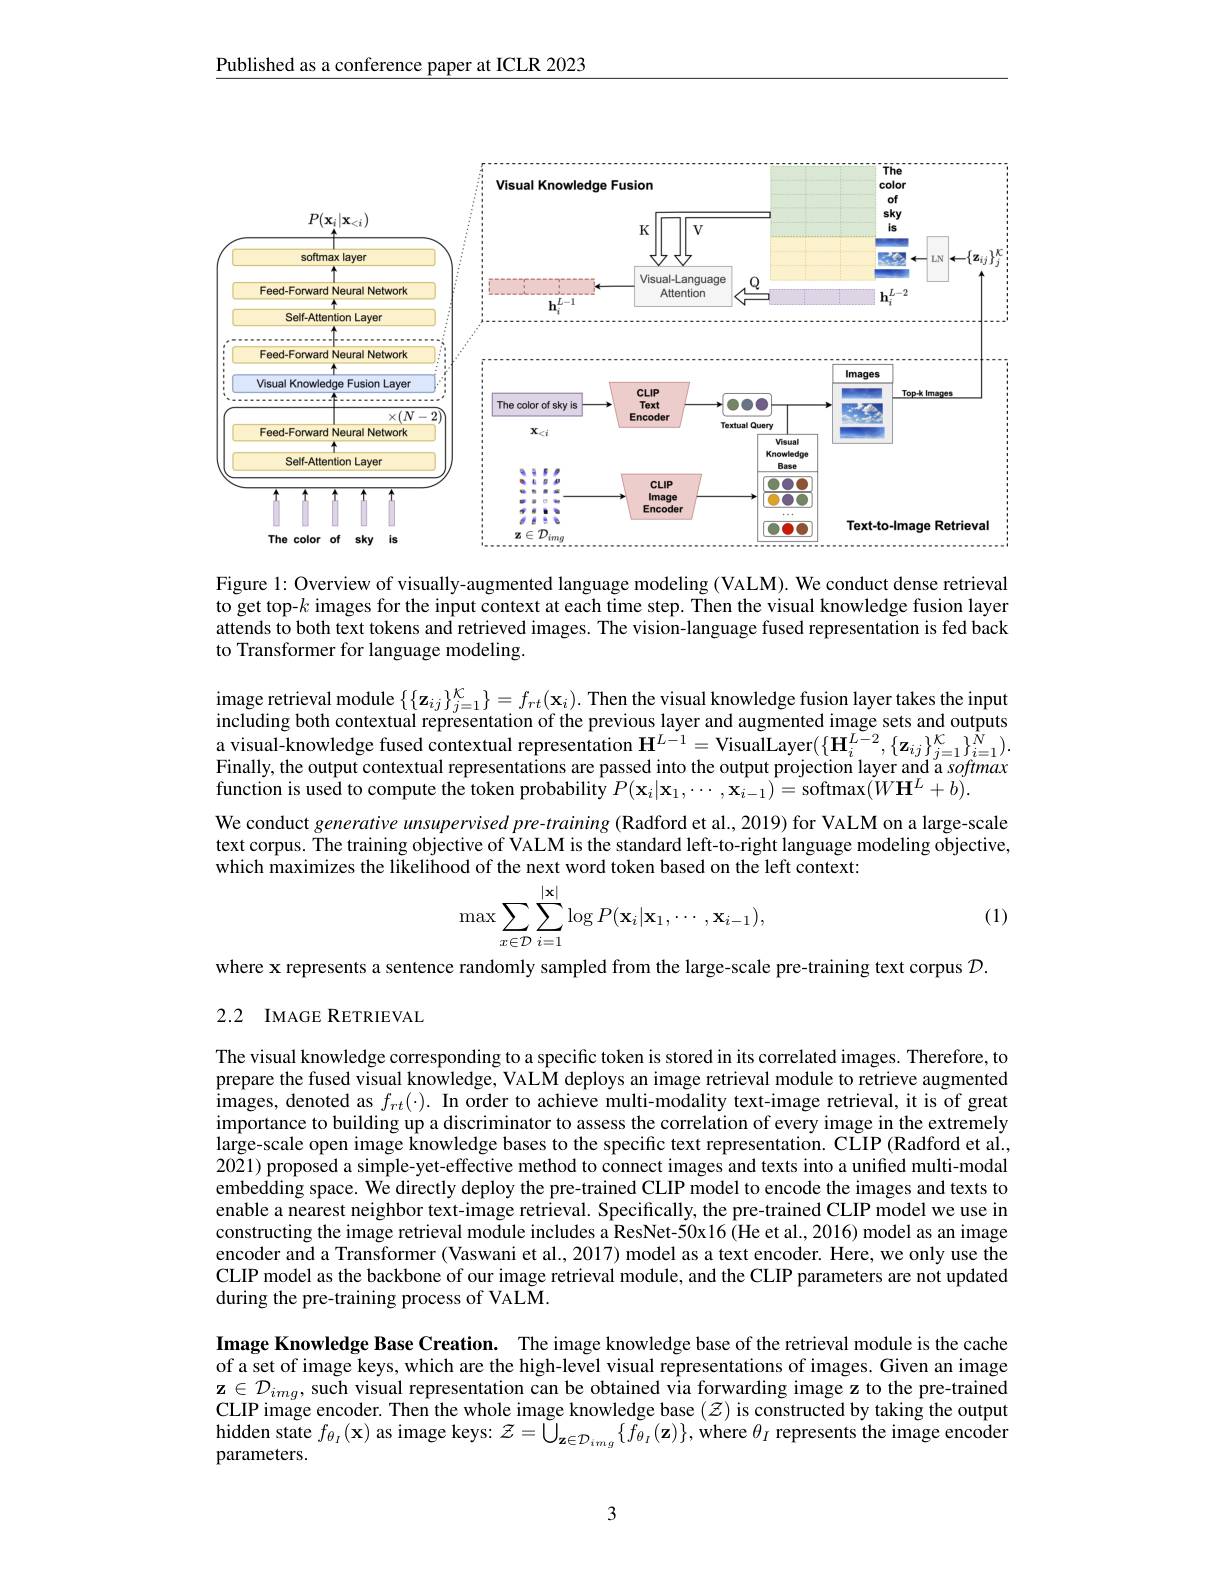
Published as a conference paper at ICLR 2023

<FigureHere>

Figure 1: Overview of visually-augmented language modeling (VALM). We conduct dense retrieval to get top-$k$ images for the input context at each time step. Then the visual knowledge fusion layer attends to both text tokens and retrieved images. The vision-language fused representation is fed back to Transformer for language modeling.

image retrieval module $\{\{\mathbf{z}_{ij}\}_{j=1}^{\mathcal{K}}\}=f_{rt}(\mathbf{x}_{i}).$ Then the visual knowledge fusion layer takes the input including both contextual representation of the previous layer and augmented image sets and outputs a visual-knowledge fused contextual representation $\mathbf{H}^{L-1}=$VisualLayer$(\{\mathbf{H}_i^{L-2},\{\mathbf{z}_{ij}\}_{j=1}^{K}\}_{i=1}^{\hat{N}}).$Finally, the output contextual representations are passed into the output projection layer and a softmax function is used to compute the token probability $P(\mathbf{x}_i|\mathbf{x}_1,\cdots,\mathbf{x}_{i-1})=$softmax$(W\mathbf{H}^L+b).$
We conduct generative unsupervised pre-training (Radford et al., 2019) for VALM on a large-scale text corpus. The training objective of VALM is the standard left-to-right language modeling objective, which maximizes the likelihood of the next word token based on the left context:
$$\max\sum\limits_{x\in\mathcal{D}}\sum\limits_{i=1}^{|\mathbf{x}|}\log P(\mathbf{x}_i|\mathbf{x}_1,\cdots,\mathbf{x}_{i-1}),$$
(1)

where x represents a sentence randomly sampled from the large-scale pre-training text corpus $\mathcal{D}.$
2.2 IMAGE RETRIEVAL

The visual knowledge corresponding to a specific token is stored in its correlated images. Therefore, to prepare the fused visual knowledge, VALM deploys an image retrieval module to retrieve augmented images, denoted as $f_{rt}(\cdot).$ In order to achieve multi-modality text-image retrieval, it is of great importance to building up a discriminator to assess the correlation of every image in the extremely large-scale open image knowledge bases to the specific text representation. CLIP (Radford et al., 2021) proposed a simple-yet-effective method to connect images and texts into a unified multi-modal embedding space. We directly deploy the pre-trained CLIP model to encode the images and texts to enable a nearest neighbor text-image retrieval. Specifically, the pre-trained CLIP model we use in constructing the image retrieval module includes a ResNet-50x16(He et al., 2016) model as an image encoder and a Transformer (Vaswani et al., 2017) model as a text encoder. Here, we only use the CLIP model as the backbone of our image retrieval module, and the CLIP parameters are not updated during the pre-training process of VALM.

Image Knowledge Base Creation. The image knowledge base of the retrieval module is the cache of a set of image keys, which are the high-level visual representations of images. Given an image $\mathbf{z}\in\mathcal{D}_{img}$, such visual representation can be obtained via forwarding image z to the pre-trained CLIP image encoder. Then the whole image knowledge base $( \mathcal{Z} )$ is constructed by taking the output CLIP image encoder. Then the whole image knowledge base $( \mathcal{Z} )$ is constructed by taking the constructed by taking the output hidden state $f_{\theta _{I}}( \mathbf{x} )$ as image keys: $\mathcal{Z} = \tilde{\bigcup } _{\mathbf{z} \in \mathcal{D} _{img}}\{ \tilde{f} _{\theta _{I}}( \mathbf{z} ) \} $, where $\theta _{I}$ represents the image encoder parameters.

3